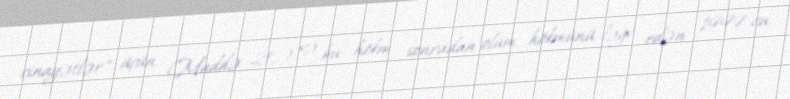
cinayətlər" üçün (Maddə 20) və bu hökm sonradan ölüm hökmünü ləğv edən 1999-cu